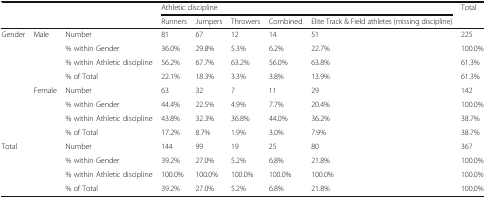
| <ROWSPAN=2-COLSPAN=3>  | <COLSPAN=5> Athletic discipline | <ROWSPAN=2> Total |
 | Runners | Jumpers | Throwers | Combined | Elite Track & Field athletes (missing discipline) |
 | --- | --- | --- | --- | --- | --- | --- | --- | --- |
 | <ROWSPAN=8> Gender | Male | Number | 81 | 67 | 12 | 14 | 51 | 225 |
 |  | % within Gender | 36.0% | 29.8% | 5.3% | 6.2% | 22.7% | 100.0% |
 |  | % within Athletic discipline | 56.2% | 67.7% | 63.2% | 56.0% | 63.8% | 61.3% |
 |  | % of Total | 22.1% | 18.3% | 3.3% | 3.8% | 13.9% | 61.3% |
 | Female | Number | 63 | 32 | 7 | 11 | 29 | 142 |
 |  | % within Gender | 44.4% | 22.5% | 4.9% | 7.7% | 20.4% | 100.0% |
 |  | % within Athletic discipline | 43.8% | 32.3% | 36.8% | 44.0% | 36.2% | 38.7% |
 |  | % of Total | 17.2% | 8.7% | 1.9% | 3.0% | 7.9% | 38.7% |
 | <ROWSPAN=4-COLSPAN=2> Total | Number | 144 | 99 | 19 | 25 | 80 | 367 |
 | % within Gender | 39.2% | 27.0% | 5.2% | 6.8% | 21.8% | 100.0% |
 | % within Athletic discipline | 100.0% | 100.0% | 100.0% | 100.0% | 100.0% | 100.0% |
 | % of Total | 39.2% | 27.0% | 5.2% | 6.8% | 21.8% | 100.0% |